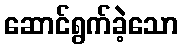
ဆောင်ရွက်ခဲ့သော